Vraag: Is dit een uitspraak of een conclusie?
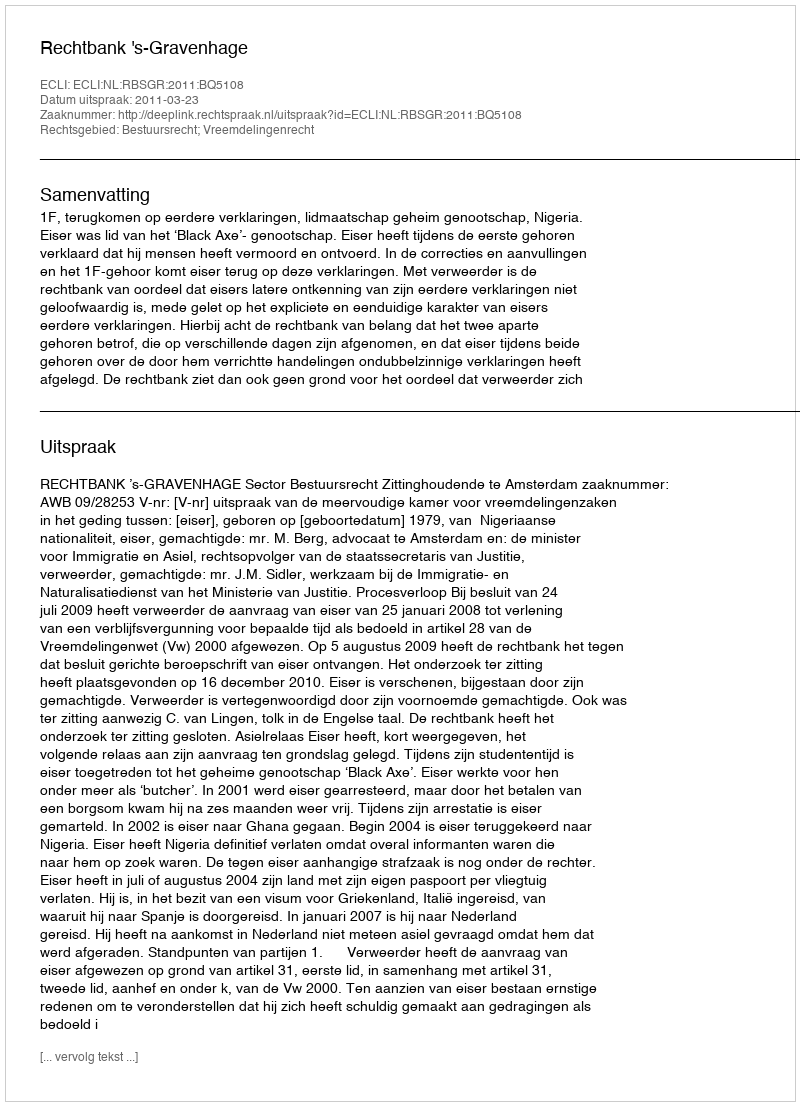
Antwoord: Uitspraak